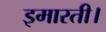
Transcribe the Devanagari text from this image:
इमारती।